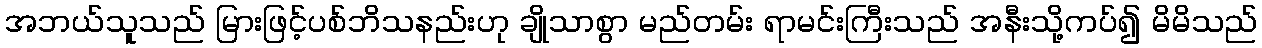
အဘယ်သူသည် မြားဖြင့်ပစ်ဘိသနည်းဟု ချိုသာစွာ မည်တမ်း ရာမင်းကြီးသည် အနီးသို့ကပ်၍ မိမိသည်